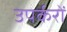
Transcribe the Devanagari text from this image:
उपर्करों